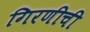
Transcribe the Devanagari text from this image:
गिरणीची